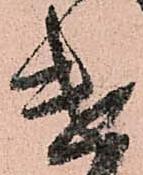
遣